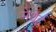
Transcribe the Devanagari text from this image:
मेथेई